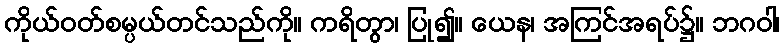
ကိုယ်ဝတ်စမ္ပယ်တင်သည်ကို။ ကရိတွာ၊ ပြု၍။ ယေန၊ အကြင်အရပ်၌။ ဘဂဝါ၊